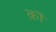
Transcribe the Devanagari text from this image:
क़ॊ